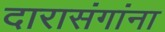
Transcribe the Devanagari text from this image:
दारासंगांना